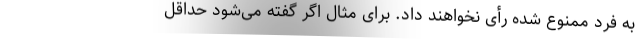
به فرد ممنوع شده رأی نخواهند داد. برای مثال اگر گفته می‌شود حداقل